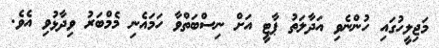
މަޖިލީހުގައި ހުންނެވި އަދާލަތު ޕާޓީ އަށް ނިސްބަތްވާ ހަމައެނި މެމްބަރު ވިދާޅުވި އެވެ.